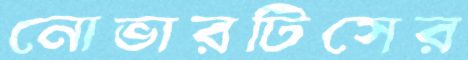
নোভারটিসের